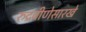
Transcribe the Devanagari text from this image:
रुद्रवीणेसारखे